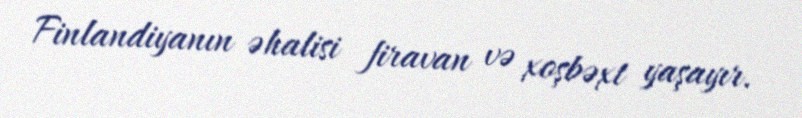
Finlandiyanın əhalisi firavan və xoşbəxt yaşayır.